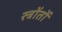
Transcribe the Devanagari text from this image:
स्त्रोंतों